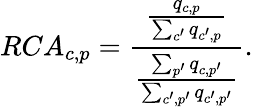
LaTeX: RCA_{c,p}=\frac{\frac{q_{c,p}}{\sum_{c^{\prime}}q_{c^{\prime},p}}}{\frac{\sum_{p^{\prime}}q_{c,p^{\prime}}}{\sum_{c^{\prime},p^{\prime}}q_{c^{\prime},p^{\prime}}}}.